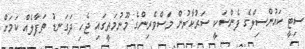
ސިޓީ ކައުންސިލްގެ ފެންސަކީ ސަރުކާރުން މަސްވެރިންގެ މޫނުމަތީގައި ޖެހި ދަގަނޑު ތަފާލެއް ކަމަށް